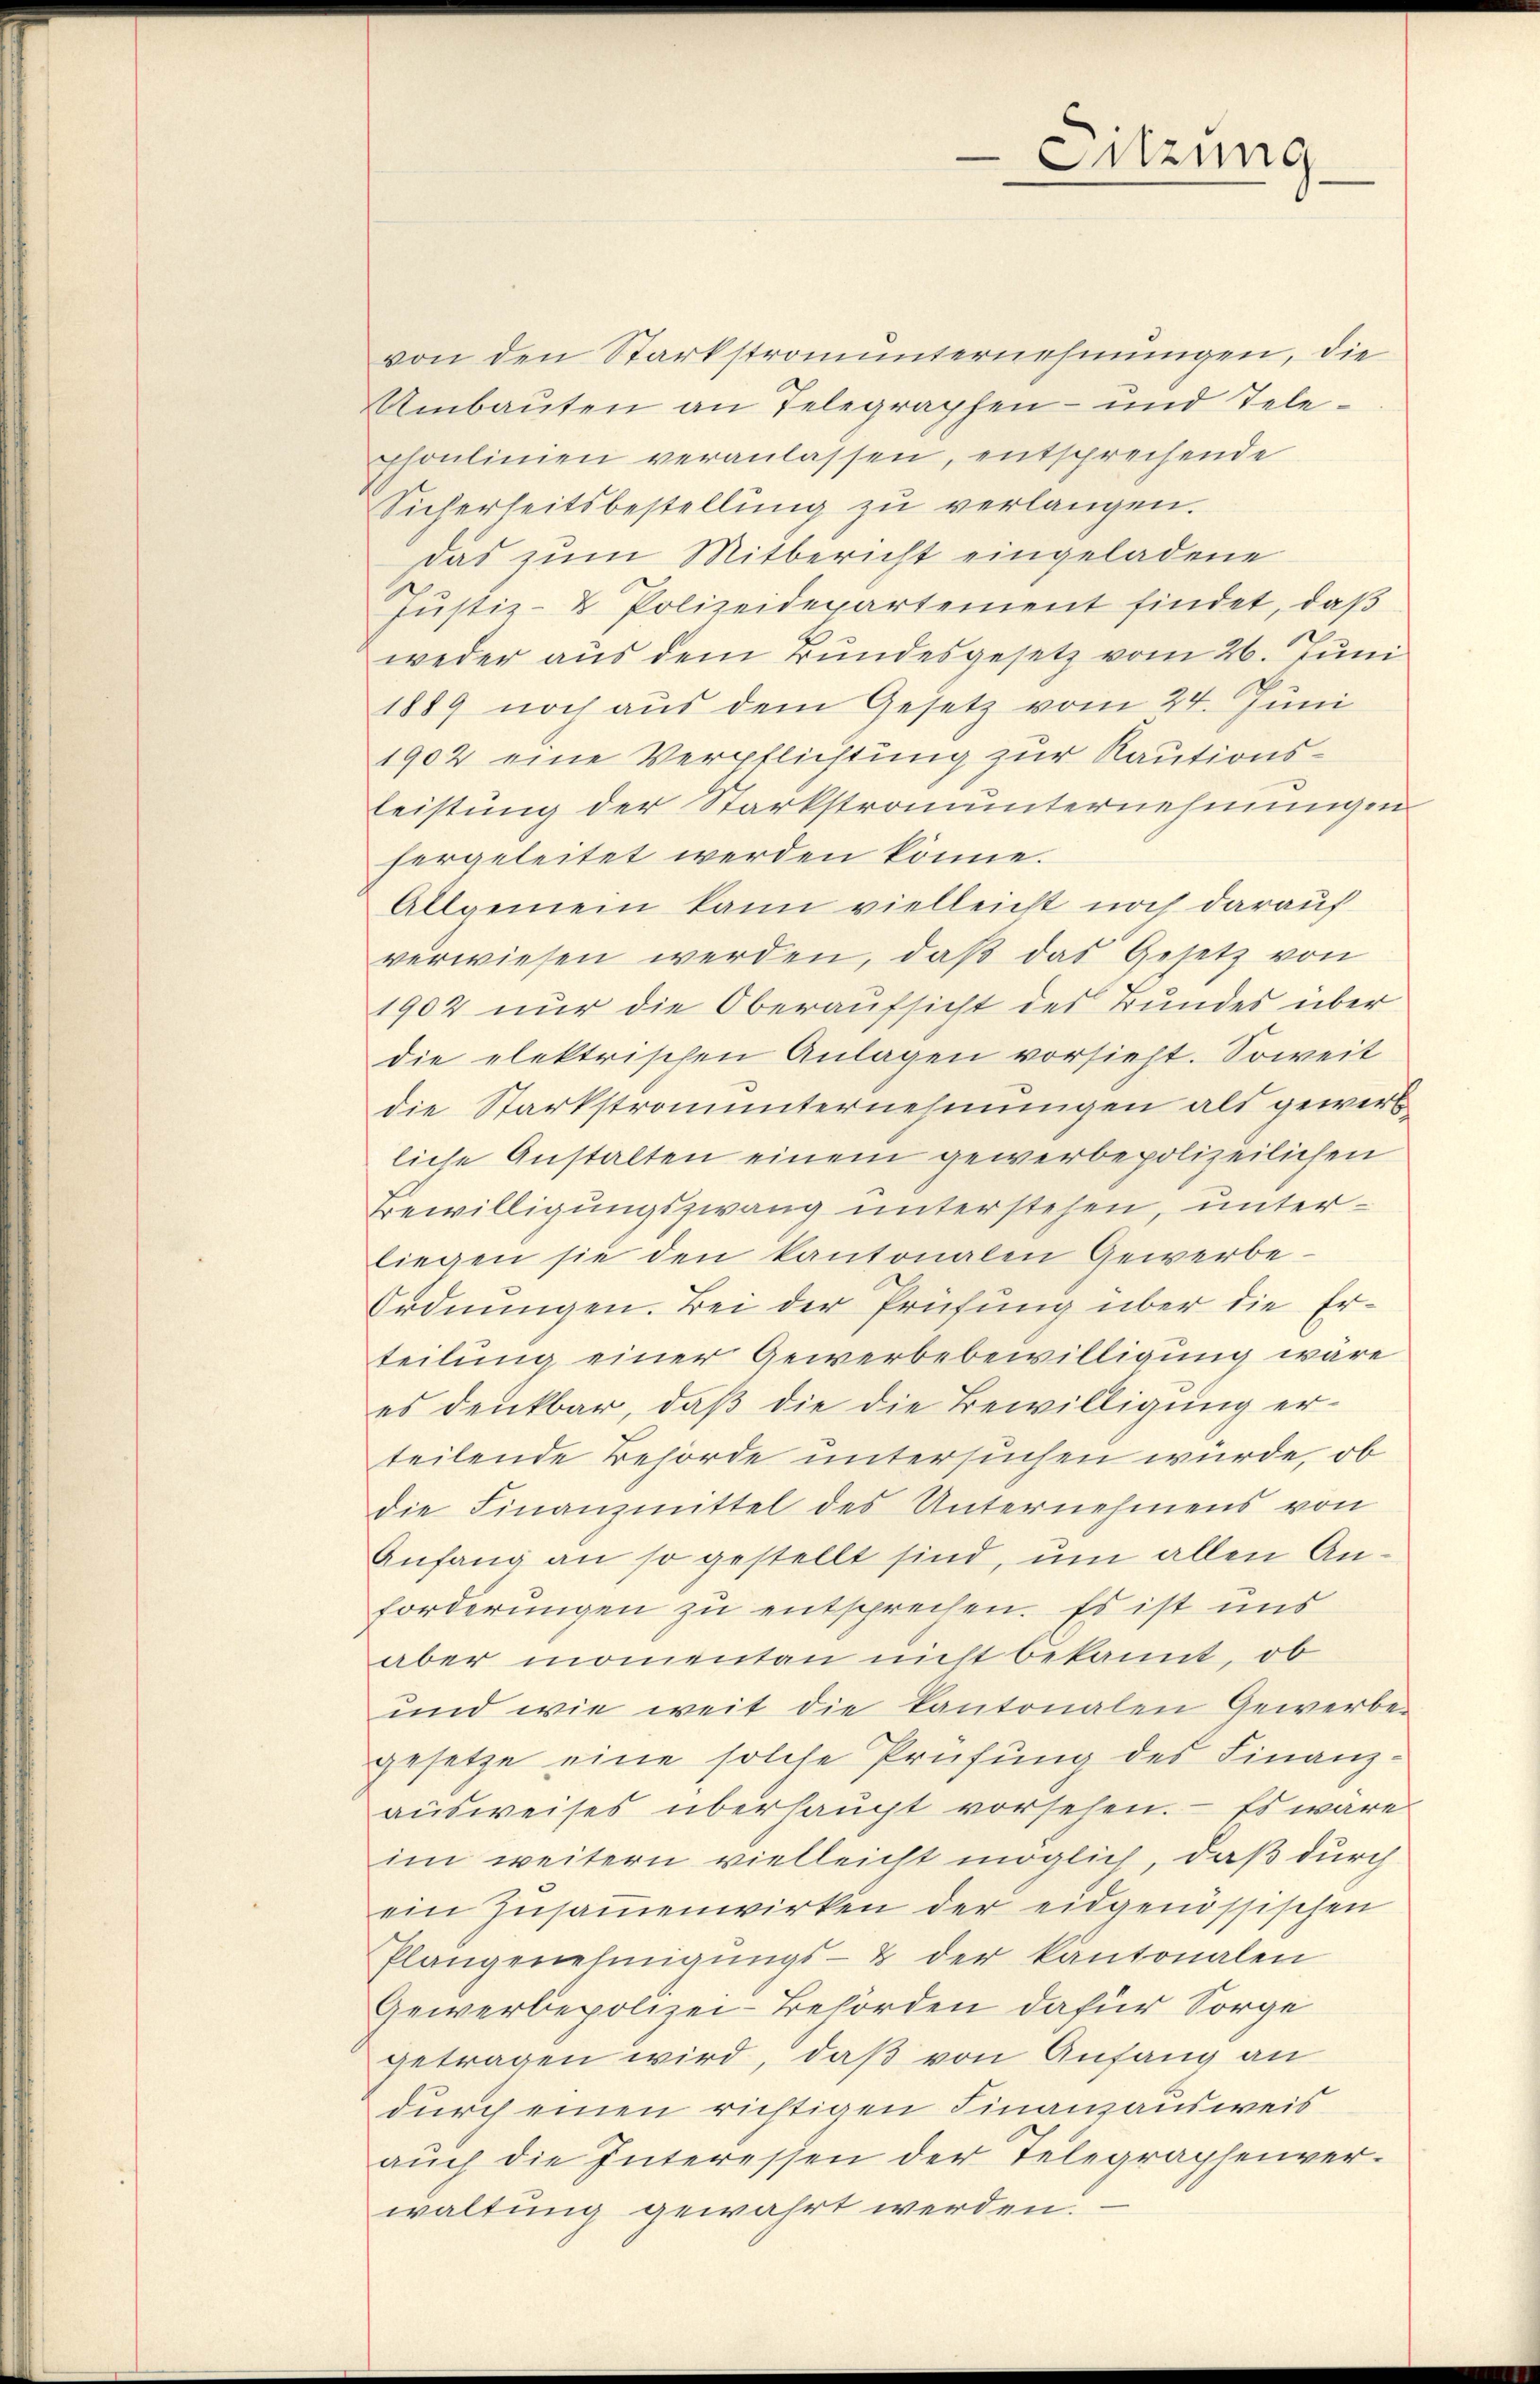
von den Stärkstromunternehmungen, die
Umbauten an Telegraphen- und Tele¬
Phonlinien veranlassen, entsprechende
Sicherheitsbestellung zu verlangen.
das zum Mitbericht eingeladene
Justiz- & Polizeidepartement findet, daß
weder aus dem Bundesgesetz vom 26. Juni
1889 noch aus dem Gesetz vom 24. Juni
1902 eine Verpflichtung zur Rautionsleistung der Starkstrauunternehmungen
hergeleitet werden könne.
Allgemein kann vielleicht noch darauf
verwiesen werden, daβ das Gesetz von
1902 nur die Oberaufsicht des Bundes über
die elektrischen Anlagen vorsieht. Soweit
die Starkstrauunternehmungen als gewerb
liche Anstalten einem gewerbepolizeilichen
Bewilligungszwang unterstehen, unterliegen sie den kantonalen Gewerbe.
Ordnungen. Bei der Prüfung über die Erteilung einer Gewerbebewilligung wäre
es denkbar, daß die die Bewilligung erteilende Behörde untersuchen würde, ob
die Finanzmittel des Unternehmens von
Anfang an so gestellt sind, um allen Anforderungen zu entsprechen. Es ist uns
aber momentan nicht bekannt, ob
und wie weit die Kantonalen Gewerbe-
gesetze eine solche Prüfung des Finanz-
ausweises überhaupt vorsehen. — Es wäre
im weitern vielleicht möglich, daß durch
ein Zŭsaṁenwirken der eidgenössischen
Plangenehmigŭngs- & der kantonalen
Gewerbepolizei-Behörden dafür Sorge
getragen wird, daß von Anfang an
durch einen richtigen Finanzausweis
aŭch die Interessen der Telegraphenver-
waltung gewahrt werden.

Sitzung